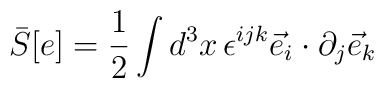
{\bar S}[e]=\frac{1}{2}\int d^3x\, \epsilon^{ijk}{\vec e}_i\cdot\partial_j{\vec e}_k